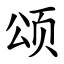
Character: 颂